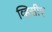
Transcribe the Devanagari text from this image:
व्हिसीए